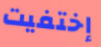
إختفيت